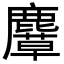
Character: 𪋛